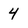
Character: 4